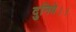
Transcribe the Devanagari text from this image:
दुनिये।।